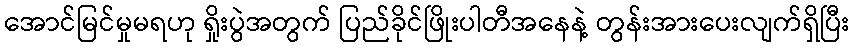
အောင်မြင်မှုမရဟု ရှိုးပွဲအတွက် ပြည်ခိုင်ဖြိုးပါတီအနေနဲ့ တွန်းအားပေးလျက်ရှိပြီး